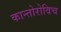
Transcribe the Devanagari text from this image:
कान्तोरोविच